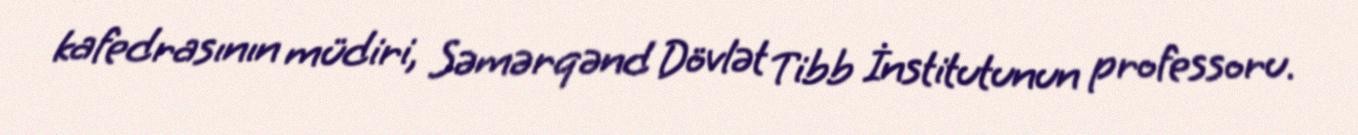
kafedrasının müdiri, Səmərqənd Dövlət Tibb İnstitutunun professoru.